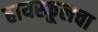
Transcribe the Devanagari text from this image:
हायस्कूलचा